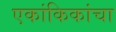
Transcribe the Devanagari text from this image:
एकांकिकांचा